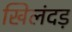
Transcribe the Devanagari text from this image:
खिलंदड़